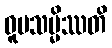
ဝူပသမ္မိဿတိ